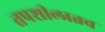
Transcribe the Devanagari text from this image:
तपशीलातच